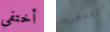
أختفى التجربه